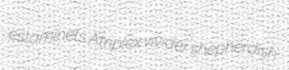
estaminets Atriplex vivider shepherdish